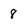
Character: 8